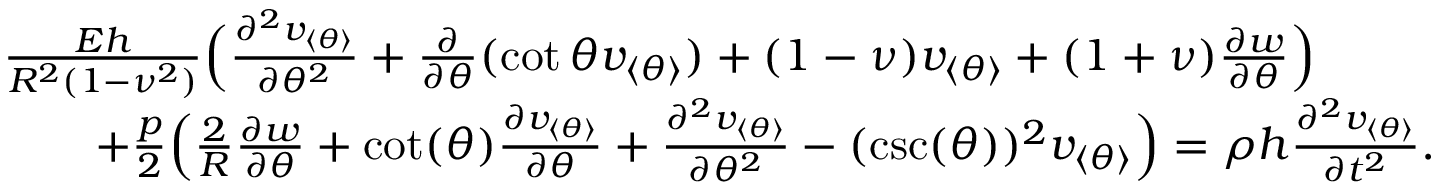
\begin{array} { r l } & { \frac { E h } { R ^ { 2 } ( 1 - \nu ^ { 2 } ) } \Big ( \frac { \partial ^ { 2 } v _ { \langle \theta \rangle } } { \partial \theta ^ { 2 } } + \frac { \partial } { \partial \theta } ( \cot \theta v _ { \langle \theta \rangle } ) + ( 1 - \nu ) v _ { \langle \theta \rangle } + ( 1 + \nu ) \frac { \partial w } { \partial \theta } \Big ) } \\ & { \qquad + \frac { p } { 2 } \Big ( \frac { 2 } { R } \frac { \partial w } { \partial \theta } + \cot ( \theta ) \frac { \partial v _ { \langle \theta \rangle } } { \partial \theta } + \frac { \partial ^ { 2 } v _ { \langle \theta \rangle } } { \partial \theta ^ { 2 } } - ( \csc ( \theta ) ) ^ { 2 } v _ { \langle \theta \rangle } \Big ) = \rho h \frac { \partial ^ { 2 } v _ { \langle \theta \rangle } } { \partial t ^ { 2 } } . } \end{array}